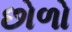
છોળો